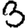
Digit: 3